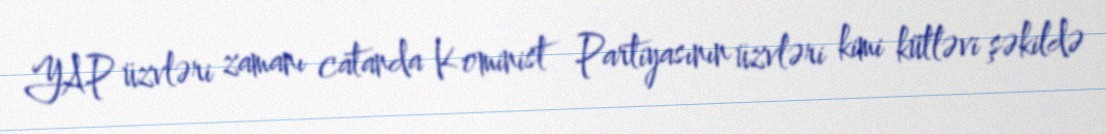
YAP üzvləri zamanı catanda Kominist Partiyasının üzvləri kimi kütləvi şəkildə